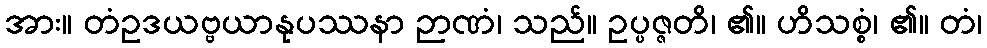
အား။ တံဥဒယဗ္ဗယာနုပဿနာ ဉာဏံ၊ သည်။ ဥပ္ပဇ္ဇတိ၊ ၏။ ဟိသစ္စံ၊ ၏။ တံ၊